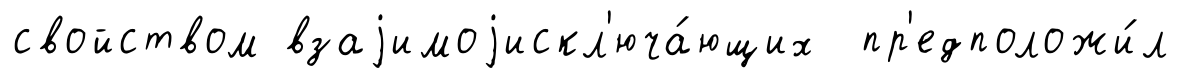
свойством взаjимоjискл'юча́ющих пр'едположи́л